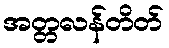
အတ္တလန်တိတ်